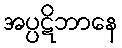
အပ္ပဋိဘာနေ